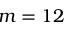
m = 1 2